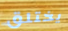
يختلق